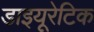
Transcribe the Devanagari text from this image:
डाइयूरेटिक